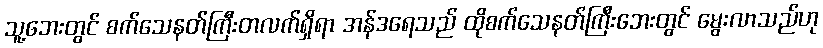
သူ့ဘေးတွင် စက်သေနတ်ကြီးတလက်ရှိရာ အန်ဒရေသည် ထိုစက်သေနတ်ကြီးဘေးတွင် မွေးလာသည်ဟု